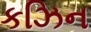
કઝિન